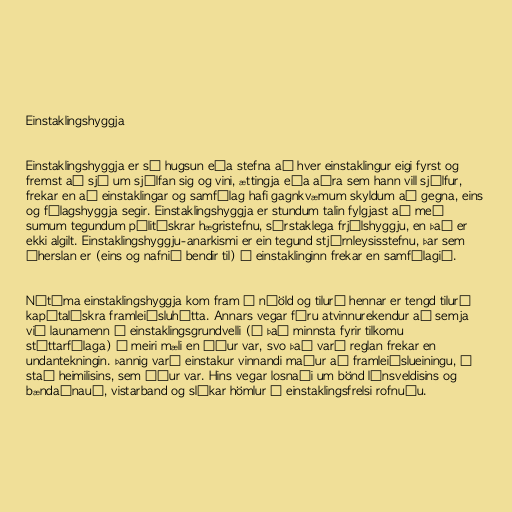
Einstaklingshyggja

Einstaklingshyggja er sú hugsun eða stefna að hver einstaklingur eigi fyrst og
fremst að sjá um sjálfan sig og vini, ættingja eða aðra sem hann vill sjálfur,
frekar en að einstaklingar og samfélag hafi gagnkvæmum skyldum að gegna, eins
og félagshyggja segir. Einstaklingshyggja er stundum talin fylgjast að með
sumum tegundum pólitískrar hægristefnu, sérstaklega frjálshyggju, en það er
ekki algilt. Einstaklingshyggju-anarkismi er ein tegund stjórnleysisstefnu, þar sem
áherslan er (eins og nafnið bendir til) á einstaklinginn frekar en samfélagið.

Nútíma einstaklingshyggja kom fram á nýöld og tilurð hennar er tengd tilurð
kapítalískra framleiðsluhátta. Annars vegar fóru atvinnurekendur að semja
við launamenn á einstaklingsgrundvelli (í það minnsta fyrir tilkomu
stéttarfélaga) í meiri mæli en áður var, svo það varð reglan frekar en
undantekningin. Þannig varð einstakur vinnandi maður að framleiðslueiningu, í
stað heimilisins, sem áður var. Hins vegar losnaði um bönd lénsveldisins og
bændaánauð, vistarband og slíkar hömlur á einstaklingsfrelsi rofnuðu.